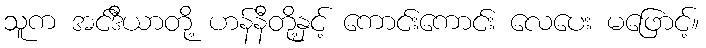
သူက အင်ဒီယာတို့ ဟန်နီတို့နှင့် ကောင်းကောင်း လေပေး မဖြောင့်။